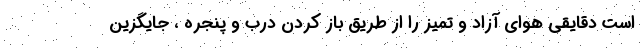
است دقایقی هوای آزاد و تمیز را از طریق باز کردن درب و پنجره ، جایگزین